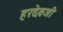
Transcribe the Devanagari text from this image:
हरदेवजी